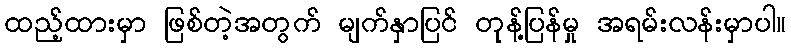
ထည့်ထားမှာ ဖြစ်တဲ့အတွက် မျက်နှာပြင် တုန့်ပြန်မှု အရမ်းလန်းမှာပါ။